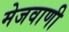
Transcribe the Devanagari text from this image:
मेजवाणी